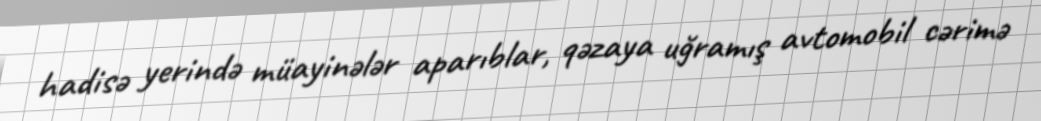
hadisə yerində müayinələr aparıblar, qəzaya uğramış avtomobil cərimə